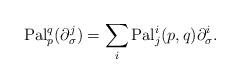
LaTeX: \begin{align*}{\rm Pal}_p^q(\partial_{\sigma}^j)= \sum_i {\rm Pal}^i_j(p,q)\partial_{\sigma}^i.\end{align*}